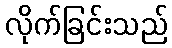
လိုက်ခြင်းသည်